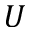
\boldsymbol { U }